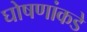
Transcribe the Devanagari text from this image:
घोषणांकडे